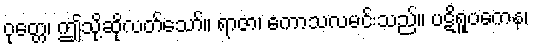
ဝုတ္တေ၊ ဤသို့ဆိုလတ်သော်။ ရာဇာ၊ ကောသလမင်းသည်။ ပဋိရူပကေန၊